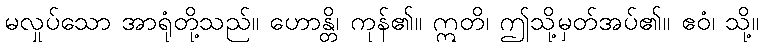
မလှုပ်သော အာရုံတို့သည်။ ဟောန္တိ၊ ကုန်၏။ ဣတိ၊ ဤသို့မှတ်အပ်၏။ ဧဝံ၊ သို့။